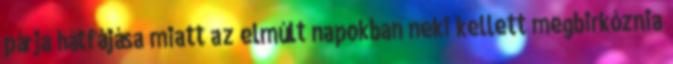
párja hátfájása miatt az elmúlt napokban neki kellett megbirkóznia